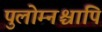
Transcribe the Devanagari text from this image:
पुलोम्नश्चापि